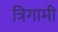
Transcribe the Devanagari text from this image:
त्रिगामी